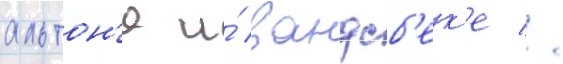
альтон'е и́ вандсб'ек'е //